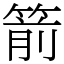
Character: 箭